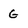
Character: G